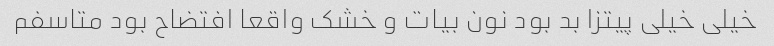
خیلی خیلی پیتزا بد بود نون بیات و خشک واقعا افتضاح بود متاسفم